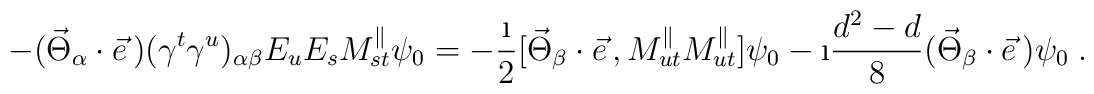
-(\vec{\Theta}_\alpha\cdot\vec{e}\,)(\gamma^t\gamma^u)_{\alpha\beta}E_uE_sM_{st}^{\parallel}\psi_0=-\frac{\i}{2}[\vec{\Theta}_\beta\cdot\vec{e}\,,M_{ut}^{\parallel}M_{ut}^{\parallel}]\psi_0-\i\frac{d^2-d}{8}(\vec{\Theta}_\beta\cdot\vec{e}\,)\psi_0\;.